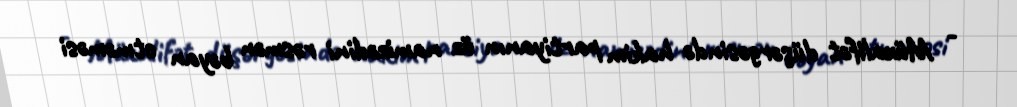
- Müxalifət düşərgəsində hakim partiyanın öz namizədini rəsmən bəyan etməməsi